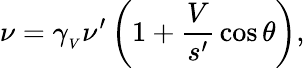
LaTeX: \nu=\gamma_{_{V}}\nu^{\prime}\left(1+{\frac{V}{s^{\prime}}}\cos\theta\right),